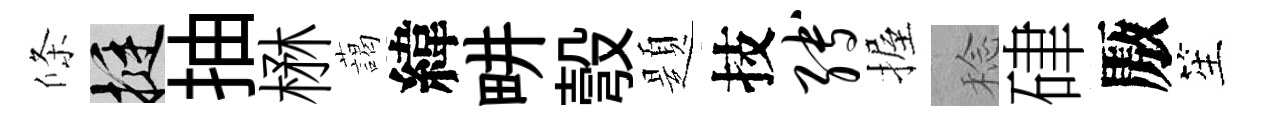
條挺抽楙藹緯畊彀題技缚握稔硉厫笙